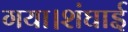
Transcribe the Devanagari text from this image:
गया।शंघाई